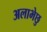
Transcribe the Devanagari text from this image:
अलाभेछु